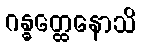
ဂန္ဓတ္ထေနောသိ